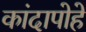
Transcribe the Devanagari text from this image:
कांदापोहे